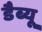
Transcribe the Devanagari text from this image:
डैब्यू